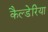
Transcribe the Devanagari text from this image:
कैल्डेरिया